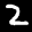
Label: 2